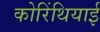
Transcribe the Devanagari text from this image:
कोरिंथियाई